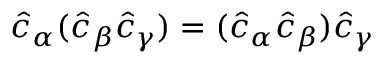
\hat { c } _ { \alpha } ( \hat { c } _ { \beta } \hat { c } _ { \gamma } ) = ( \hat { c } _ { \alpha } \hat { c } _ { \beta } ) \hat { c } _ { \gamma }